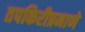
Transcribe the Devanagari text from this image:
तपकिरीप्रमाणे